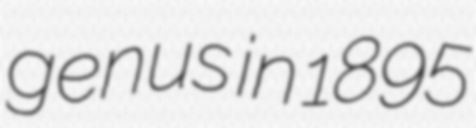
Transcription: genus in 1895